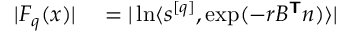
\begin{array} { r l } { | F _ { q } ( \boldsymbol { x } ) | } & { { } = | \ln \langle \boldsymbol { s } ^ { [ q ] } , \exp ( - r B ^ { \boldsymbol { \mathsf { T } } } \boldsymbol { n } ) \rangle | } \end{array}